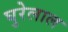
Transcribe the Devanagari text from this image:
घुरेलाल